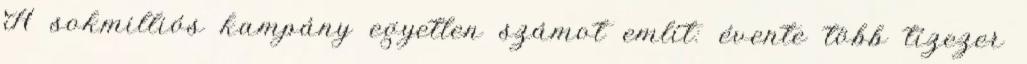
A sokmilliós kampány egyetlen számot említ: évente több tízezer